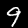
Digit: 9